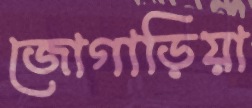
জোগাড়িয়া